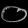
Digit: ၀